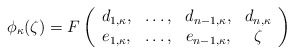
\begin{align*}\phi_{\kappa}(\zeta)=F\left(\begin{array}{cccc}d_{1,\kappa}, & \dots, & d_{n-1,\kappa}, & d_{n,\kappa}\\e_{1,\kappa}, & \dots, & e_{n-1,\kappa}, & \zeta\end{array}\right)\end{align*}